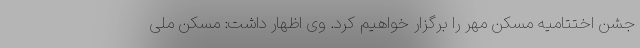
جشن اختتامیه مسکن مهر را برگزار خواهیم کرد. وی اظهار داشت: مسکن ملی